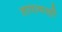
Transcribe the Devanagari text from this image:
तापावरही